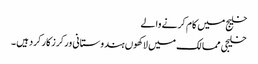
خلیج میں کام کرنے والے
خلیجی ممالک میں لاکھوں ہندوستانی ورکرزکارکردہیں ۔